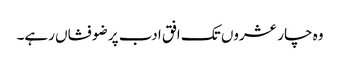
وہ چار عشروں تک افق ادب پر ضو فشاں رہے۔